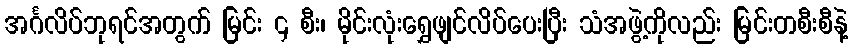
အင်္ဂလိပ်ဘုရင်အတွက် မြင်း ၄ စီး၊ မိုင်းလုံးရွှေဖျင်လိပ်ပေးပြီး သံအဖွဲ့ကိုလည်း မြင်းတစီးစီနဲ့